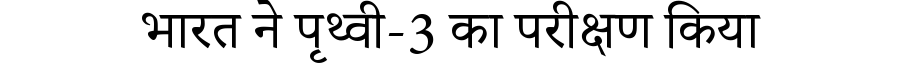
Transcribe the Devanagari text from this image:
भारत ने पृथ्वी-3 का परीक्षण किया